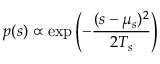
p ( s ) \propto \exp \left( - \frac { ( s - \mu _ { s } ) ^ { 2 } } { 2 T _ { s } } \right)